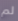
لم